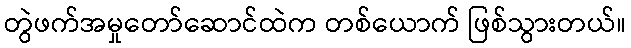
တွဲဖက်အမှုတော်ဆောင်ထဲက တစ်ယောက် ဖြစ်သွားတယ်။